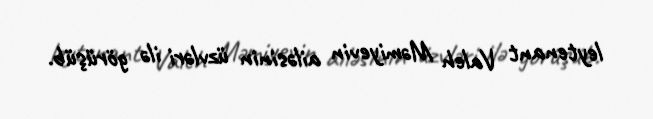
leytenant Valeh Məmiyevin ailəsinin üzvləri ilə görüşüb.